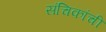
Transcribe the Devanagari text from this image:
संचिकांची